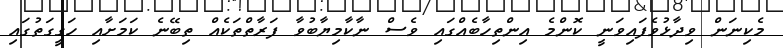
މެކިނަން ވިދާޅުވެފައިވަނީ ކޮންމެ އިންތިހާބެއްގައި ވެސް ނާކާމިޔާބުވާ ފަރާތްތަކެއް ތިބޭނެ ކަމަށާއި ހަގީގަތުގައި